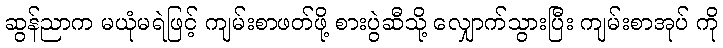
ဆွန်ညာက မယုံမရဲဖြင့် ကျမ်းစာဖတ်ဖို့ စားပွဲဆီသို့ လျှောက်သွားပြီး ကျမ်းစာအုပ် ကို